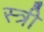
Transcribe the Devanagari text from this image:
स्त्री